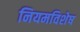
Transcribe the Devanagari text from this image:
नियमविशेष